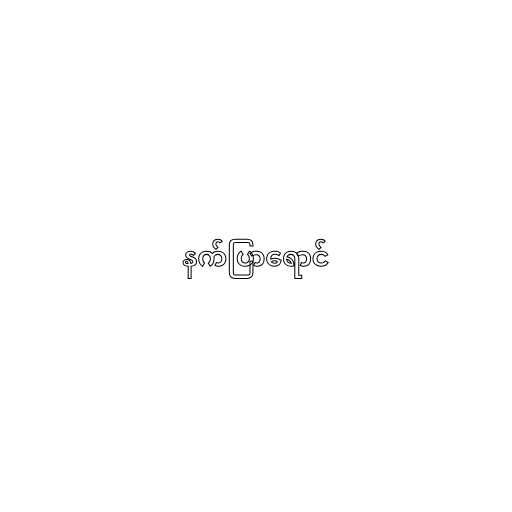
နက်ပြာရောင်